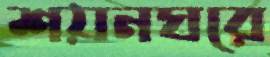
শয়নঘরে